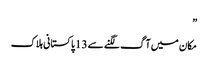
”
مکان میں آگ لگنے سے 13 پاکستانی ہلاک